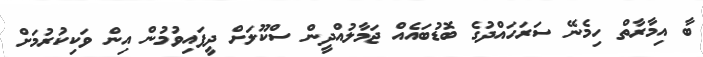
ބާ އިމާރާތް ހިމެނޭ ސަރަހައްދުގެ ބޮޑުބައެއް ޖަމާލުއްދީން ސްކޫލަށް ދީފައިވުމުން އިން ވަކިކުރުމަށް